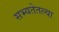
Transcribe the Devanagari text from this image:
सभ्यतेतल्या